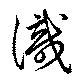
識